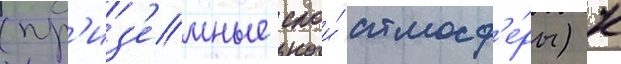
(пр'из'емные слои́ атмосф'е́ры) к